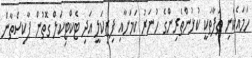
ހަމައެކަނި ތަފާތަކީ ކުޅުންތެރިންގެ ހުނަރު ކަމަށާއި ފިޒިކަލީ އަދި ޓެކްޓިކަލް ގޮތުން ޕާކިސްތާން